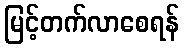
မြင့်တက်လာစေရန်